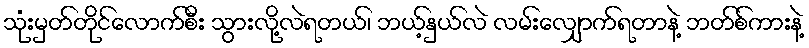
သုံးမှတ်တိုင်လောက်စီး သွားလို့လဲရတယ်၊ ဘယ့်နှယ်လဲ လမ်းလျှောက်ရတာနဲ့ ဘတ်စ်ကားနဲ့